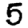
Digit: 5